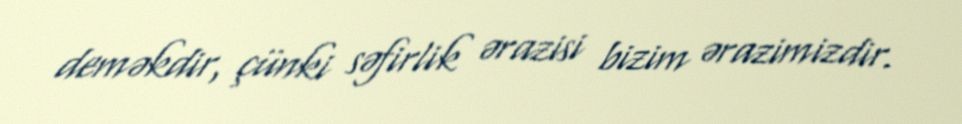
deməkdir, çünki səfirlik ərazisi bizim ərazimizdir.